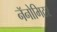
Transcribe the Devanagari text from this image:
नॅनोमिटर